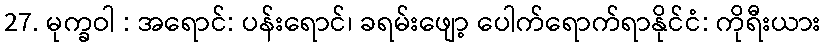
27. မုက္ခဝါ : အရောင်: ပန်းရောင်၊ ခရမ်းဖျော့ ပေါက်ရောက်ရာနိုင်ငံ: ကိုရီးယား